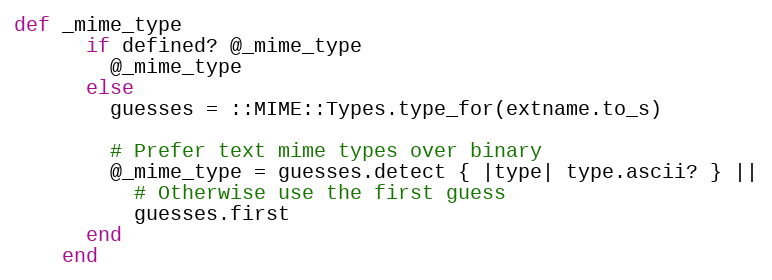
Language: Ruby
def _mime_type
      if defined? @_mime_type
        @_mime_type
      else
        guesses = ::MIME::Types.type_for(extname.to_s)

        # Prefer text mime types over binary
        @_mime_type = guesses.detect { |type| type.ascii? } ||
          # Otherwise use the first guess
          guesses.first
      end
    end